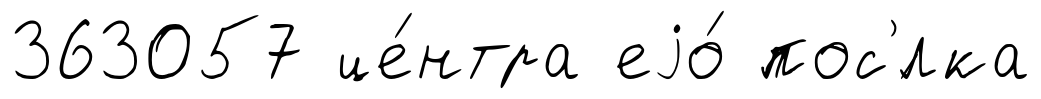
363057 це́нтра еjо́ пос'́лка